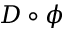
D \circ \phi